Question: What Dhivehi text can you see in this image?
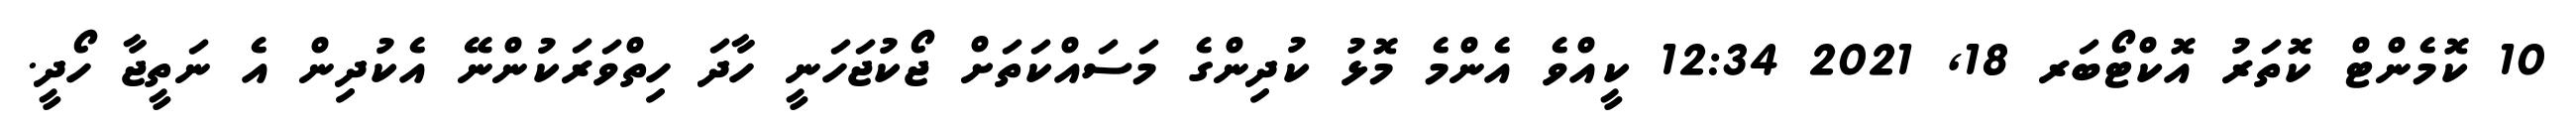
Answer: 10 ކޮމެންޓް ކޮތަރު އޮކްޓޯބަރ 18, 2021 12:34 ކީއްވެ އެންމެ މޮޅު ކުދިންގެ މަސައްކަތަށް ޖޯކުޖަހަނީ ހާދަ ހިތްވަރަކުންނޭ އެކުދިން އެ ނަތީޖާ ހޯދީ.